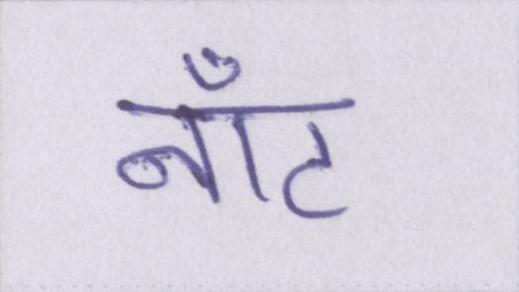
नॉट